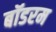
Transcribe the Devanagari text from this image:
बॉडरम